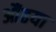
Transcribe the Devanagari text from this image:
औंढया